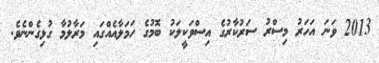
2013 ވަނަ އަހަރު މިސްރު ސަރުކާރުގެ އިސްވަކީލަކު ބޮމުގެ ހަމަލާއެއްގައި މަރާލުމާ ގުޅިގެންނެވެ.